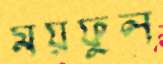
ময়ফুল